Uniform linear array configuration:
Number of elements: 4
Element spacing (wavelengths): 1
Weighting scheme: hamming
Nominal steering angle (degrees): -60
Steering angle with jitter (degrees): -60.208
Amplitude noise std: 0.05
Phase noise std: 0.05

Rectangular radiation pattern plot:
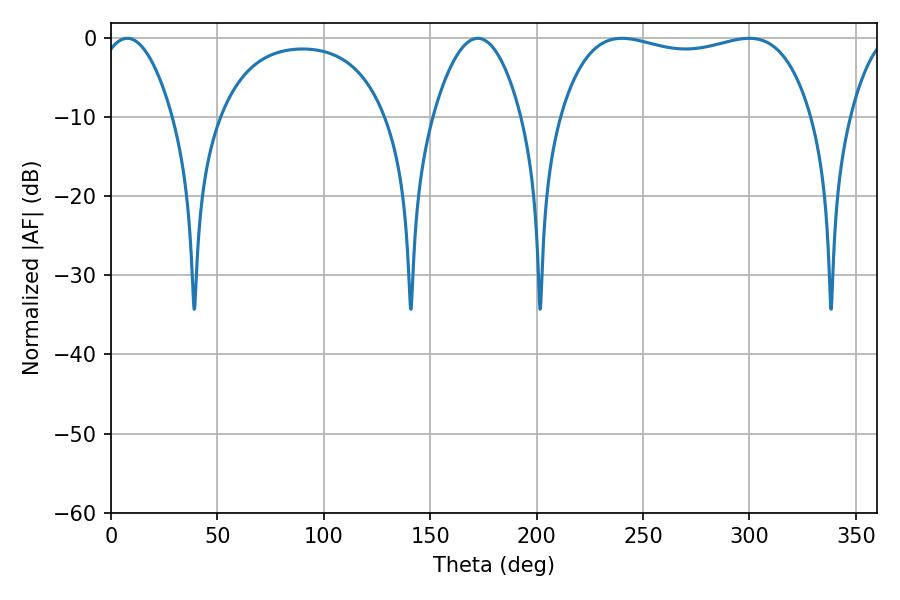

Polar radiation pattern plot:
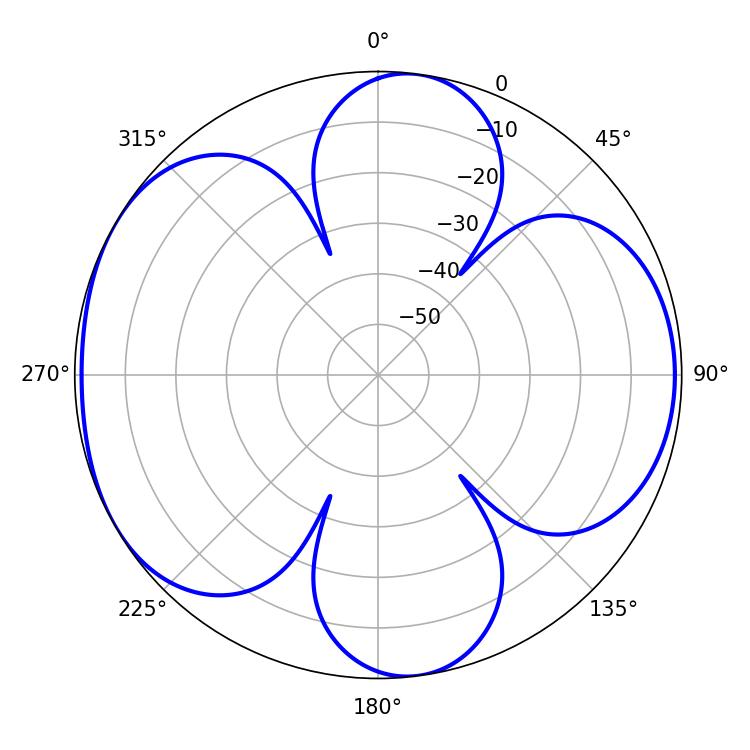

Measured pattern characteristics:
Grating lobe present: TRUE
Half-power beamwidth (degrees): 95.76
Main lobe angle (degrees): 240.12